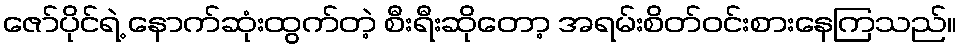
ဇော်ပိုင်ရဲ့ နောက်ဆုံးထွက်တဲ့ စီးရီးဆိုတော့ အရမ်းစိတ်ဝင်းစားနေကြသည်။